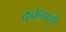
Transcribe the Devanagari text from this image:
कर्कनाशी